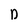
Character: D